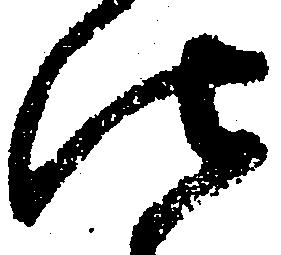
法